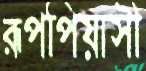
রূপপিয়াসী